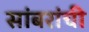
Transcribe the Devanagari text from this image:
सांबरांची